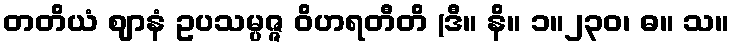
တတိယံ ဈာနံ ဥပသမ္ပဇ္ဇ ဝိဟရတီတိ (ဒီ။ နိ။ ၁။၂၃၀၊ ဓ။ သ။